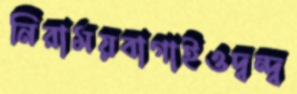
নিরাময়বাগাইওদ্বন্দ্ব